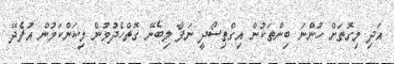
އަދި މިގޮތަށް ހުންނަ ބިންތަކުން އިގްތިސޯދީ ނަފާ ލިބެނޭ ގޮތްހެދުމުން މިކަންކަމުން އުފެދޭ